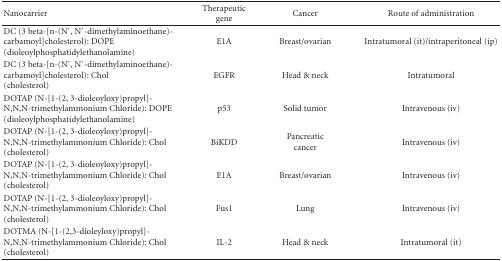
| Nanocarrier | Therapeutic gene | Cancer | Route of administration |
 | --- | --- | --- | --- |
 | DC (3 beta-[n-(N′, N′-dimethylaminoethane)-carbamoyl]cholesterol): DOPE (dioleoylphosphatidylethanolamine) | E1A | Breast/ovarian | Intratumoral (it)/intraperitoneal (ip) |
 | DC (3 beta-[n-(N′, N′-dimethylaminoethane)-carbamoyl]cholesterol): Chol (cholesterol) | EGFR | Head & neck | Intratumoral |
 | DOTAP (N-[1-(2, 3-dioleoyloxy)propyl]-N,N,N-trimethylammonium Chloride): DOPE (dioleoylphosphatidylethanolamine) | p53 | Solid tumor | Intravenous (iv) |
 | DOTAP (N-[1-(2, 3-dioleoyloxy)propyl]-N,N,N-trimethylammonium Chloride): Chol (cholesterol) | BiKDD | Pancreatic cancer | Intravenous (iv) |
 | DOTAP (N-[1-(2, 3-dioleoyloxy)propyl]-N,N,N-trimethylammonium Chloride): Chol (cholesterol) | E1A | Breast/ovarian | Intravenous (iv) |
 | DOTAP (N-[1-(2, 3-dioleoyloxy)propyl]-N,N,N-trimethylammonium Chloride): Chol (cholesterol) | Fus1 | Lung | Intravenous (iv) |
 | DOTMA (N-[1-(2,3-dioleyloxy)propyl]-N,N,N-trimethylammonium Chloride): Chol (cholesterol) | IL-2 | Head & neck | Intratumoral (it) |